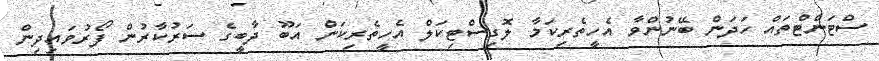
ސްޓަންޓްތައް ހަދަން ބޭނުންވާ އެހީތެރިކަމާ ލޮގިސްޓިކަލް އެހީތެރިކަން އަބޫ ދާބީގެ ސަރުކާރުން ފޯރުވައިދިން